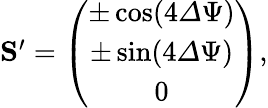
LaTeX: \begin{array}{r}{{\mathbf S}^{\prime}=\left(\begin{array}{c}{\pm\cos(4{\mathit\Delta\Psi})}\\ {\pm\sin(4{\mathit\Delta\Psi})}\\ {0}\end{array}\right),}\end{array}